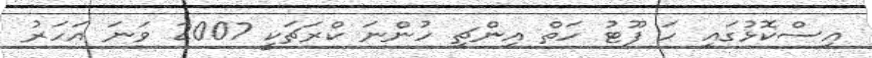
އިސްކޮޅުގައި ހަ ފޫޓު ހަތް އިންޗި ހުންނަ ކްރަޗަކީ 2007 ވަނަ އަހަރު